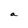
Character: a